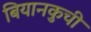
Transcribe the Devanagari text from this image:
बियानकुची